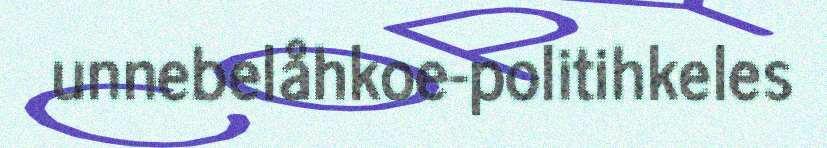
unnebelåhkoe-politihkeles